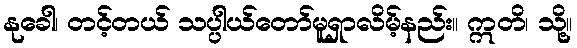
နုခေါ၊ တင့်တယ် သပ္ပါယ်တော်မူရှာလိမ့်နည်း။ ဣတိ၊ သို့။